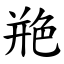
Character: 艵